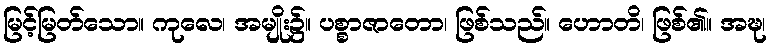
မြင့်မြတ်သော။ ကုလေ၊ အမျိုး၌။ ပစ္စာဇာတော၊ ဖြစ်သည်။ ဟောတိ၊ ဖြစ်၏။ အဍ္ဎ၊